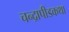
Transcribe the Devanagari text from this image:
चन्द्रापीडकथा